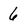
Character: 6